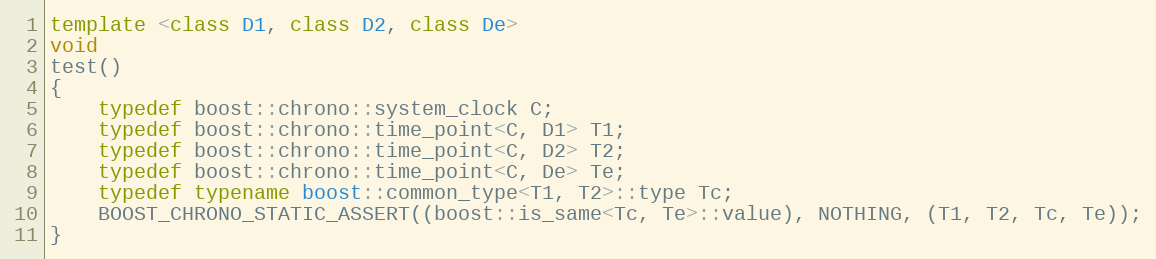
Language: C++
template <class D1, class D2, class De>
void
test()
{
    typedef boost::chrono::system_clock C;
    typedef boost::chrono::time_point<C, D1> T1;
    typedef boost::chrono::time_point<C, D2> T2;
    typedef boost::chrono::time_point<C, De> Te;
    typedef typename boost::common_type<T1, T2>::type Tc;
    BOOST_CHRONO_STATIC_ASSERT((boost::is_same<Tc, Te>::value), NOTHING, (T1, T2, Tc, Te));
}